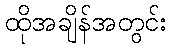
ထိုအချိန်အတွင်း